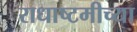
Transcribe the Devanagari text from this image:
राधाष्टमीच्या